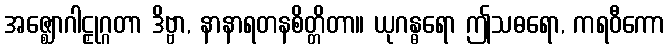
အဇ္ဈောဂါဠှုဂ္ဂတာ ဒိဗ္ဗာ, နာနာရတနစိတ္တိတာ။ ယုဂန္ဓရော ဤသဓရော, ကရဝီကော